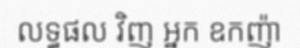
លទ្ធផល វិញ អ្នក ឧកញ៉ា